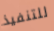
للتنفيذ